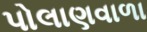
પોલાણવાળા